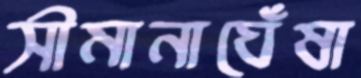
সীমানাঘেঁষা